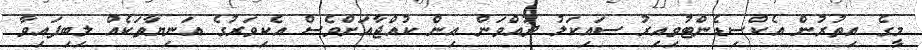
މީގެ އިތުރުން އެކްސިޑެންޓުވިއިރު ސައިކަލު ދުއްވަން އިން ކުއްޖާއަށްވެސް އެކިވަރުގެ އަނިޔާތަކެއް ލިބިފައިވާ